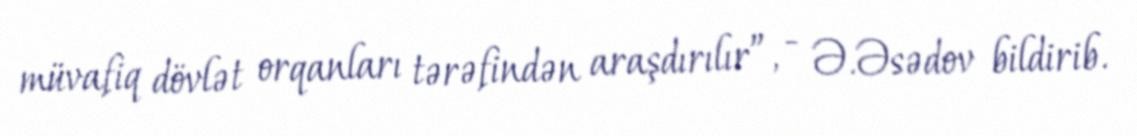
müvafiq dövlət orqanları tərəfindən araşdırılır”, - Ə.Əsədov bildirib.